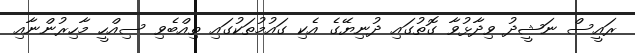
ރައީސް ނަޝީދު ވިދާޅުވާ ގޮތުގައި ދުނިޔޭގެ އެކި ގައުމުތަކުގައި ތިއްބެވި ސިއްހީ މާހިރުންނާއި